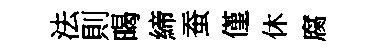
法則暍締蚕僅休腐